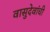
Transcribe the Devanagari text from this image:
वासुदेवांची